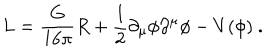
L = \frac { G } { 1 6 \pi } R + \frac { 1 } { 2 } \partial _ { \mu } \phi \partial ^ { \mu } \phi - V ( \phi ) \ .